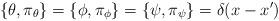
LaTeX: \begin{align*}\{\theta, \pi_{\theta}\} = \{\phi,\pi_{\phi}\} = \{\psi, \pi_{\psi}\} = \delta(x -x') \end{align*}